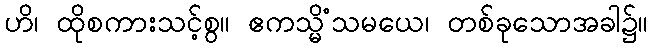
ဟိ၊ ထိုစကားသင့်စွ။ ဧကသ္မိံသမယေ၊ တစ်ခုသောအခါ၌။